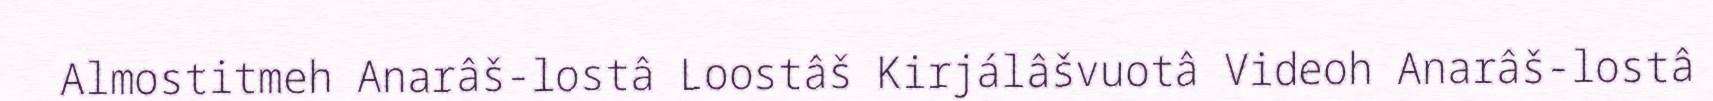
Almostitmeh Anarâš-lostâ Loostâš Kirjálâšvuotâ Videoh Anarâš-lostâ